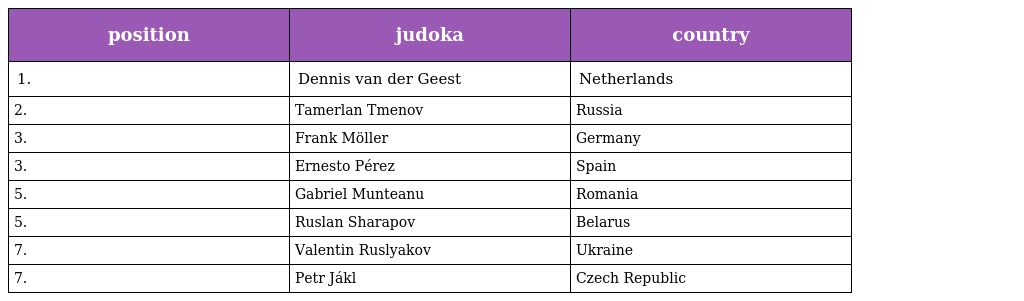
| position | judoka | country |
 | --- | --- | --- |
 | 1. | Dennis van der Geest | Netherlands |
 | 2. | Tamerlan Tmenov | Russia |
 | 3. | Frank Möller | Germany |
 | 3. | Ernesto Pérez | Spain |
 | 5. | Gabriel Munteanu | Romania |
 | 5. | Ruslan Sharapov | Belarus |
 | 7. | Valentin Ruslyakov | Ukraine |
 | 7. | Petr Jákl | Czech Republic |